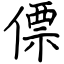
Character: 僄